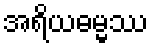
အရိယဓမ္မဿ